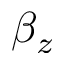
\beta _ { z }